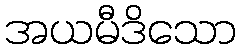
အယမီဒိသော